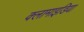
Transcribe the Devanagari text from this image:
क्लामाइडिया